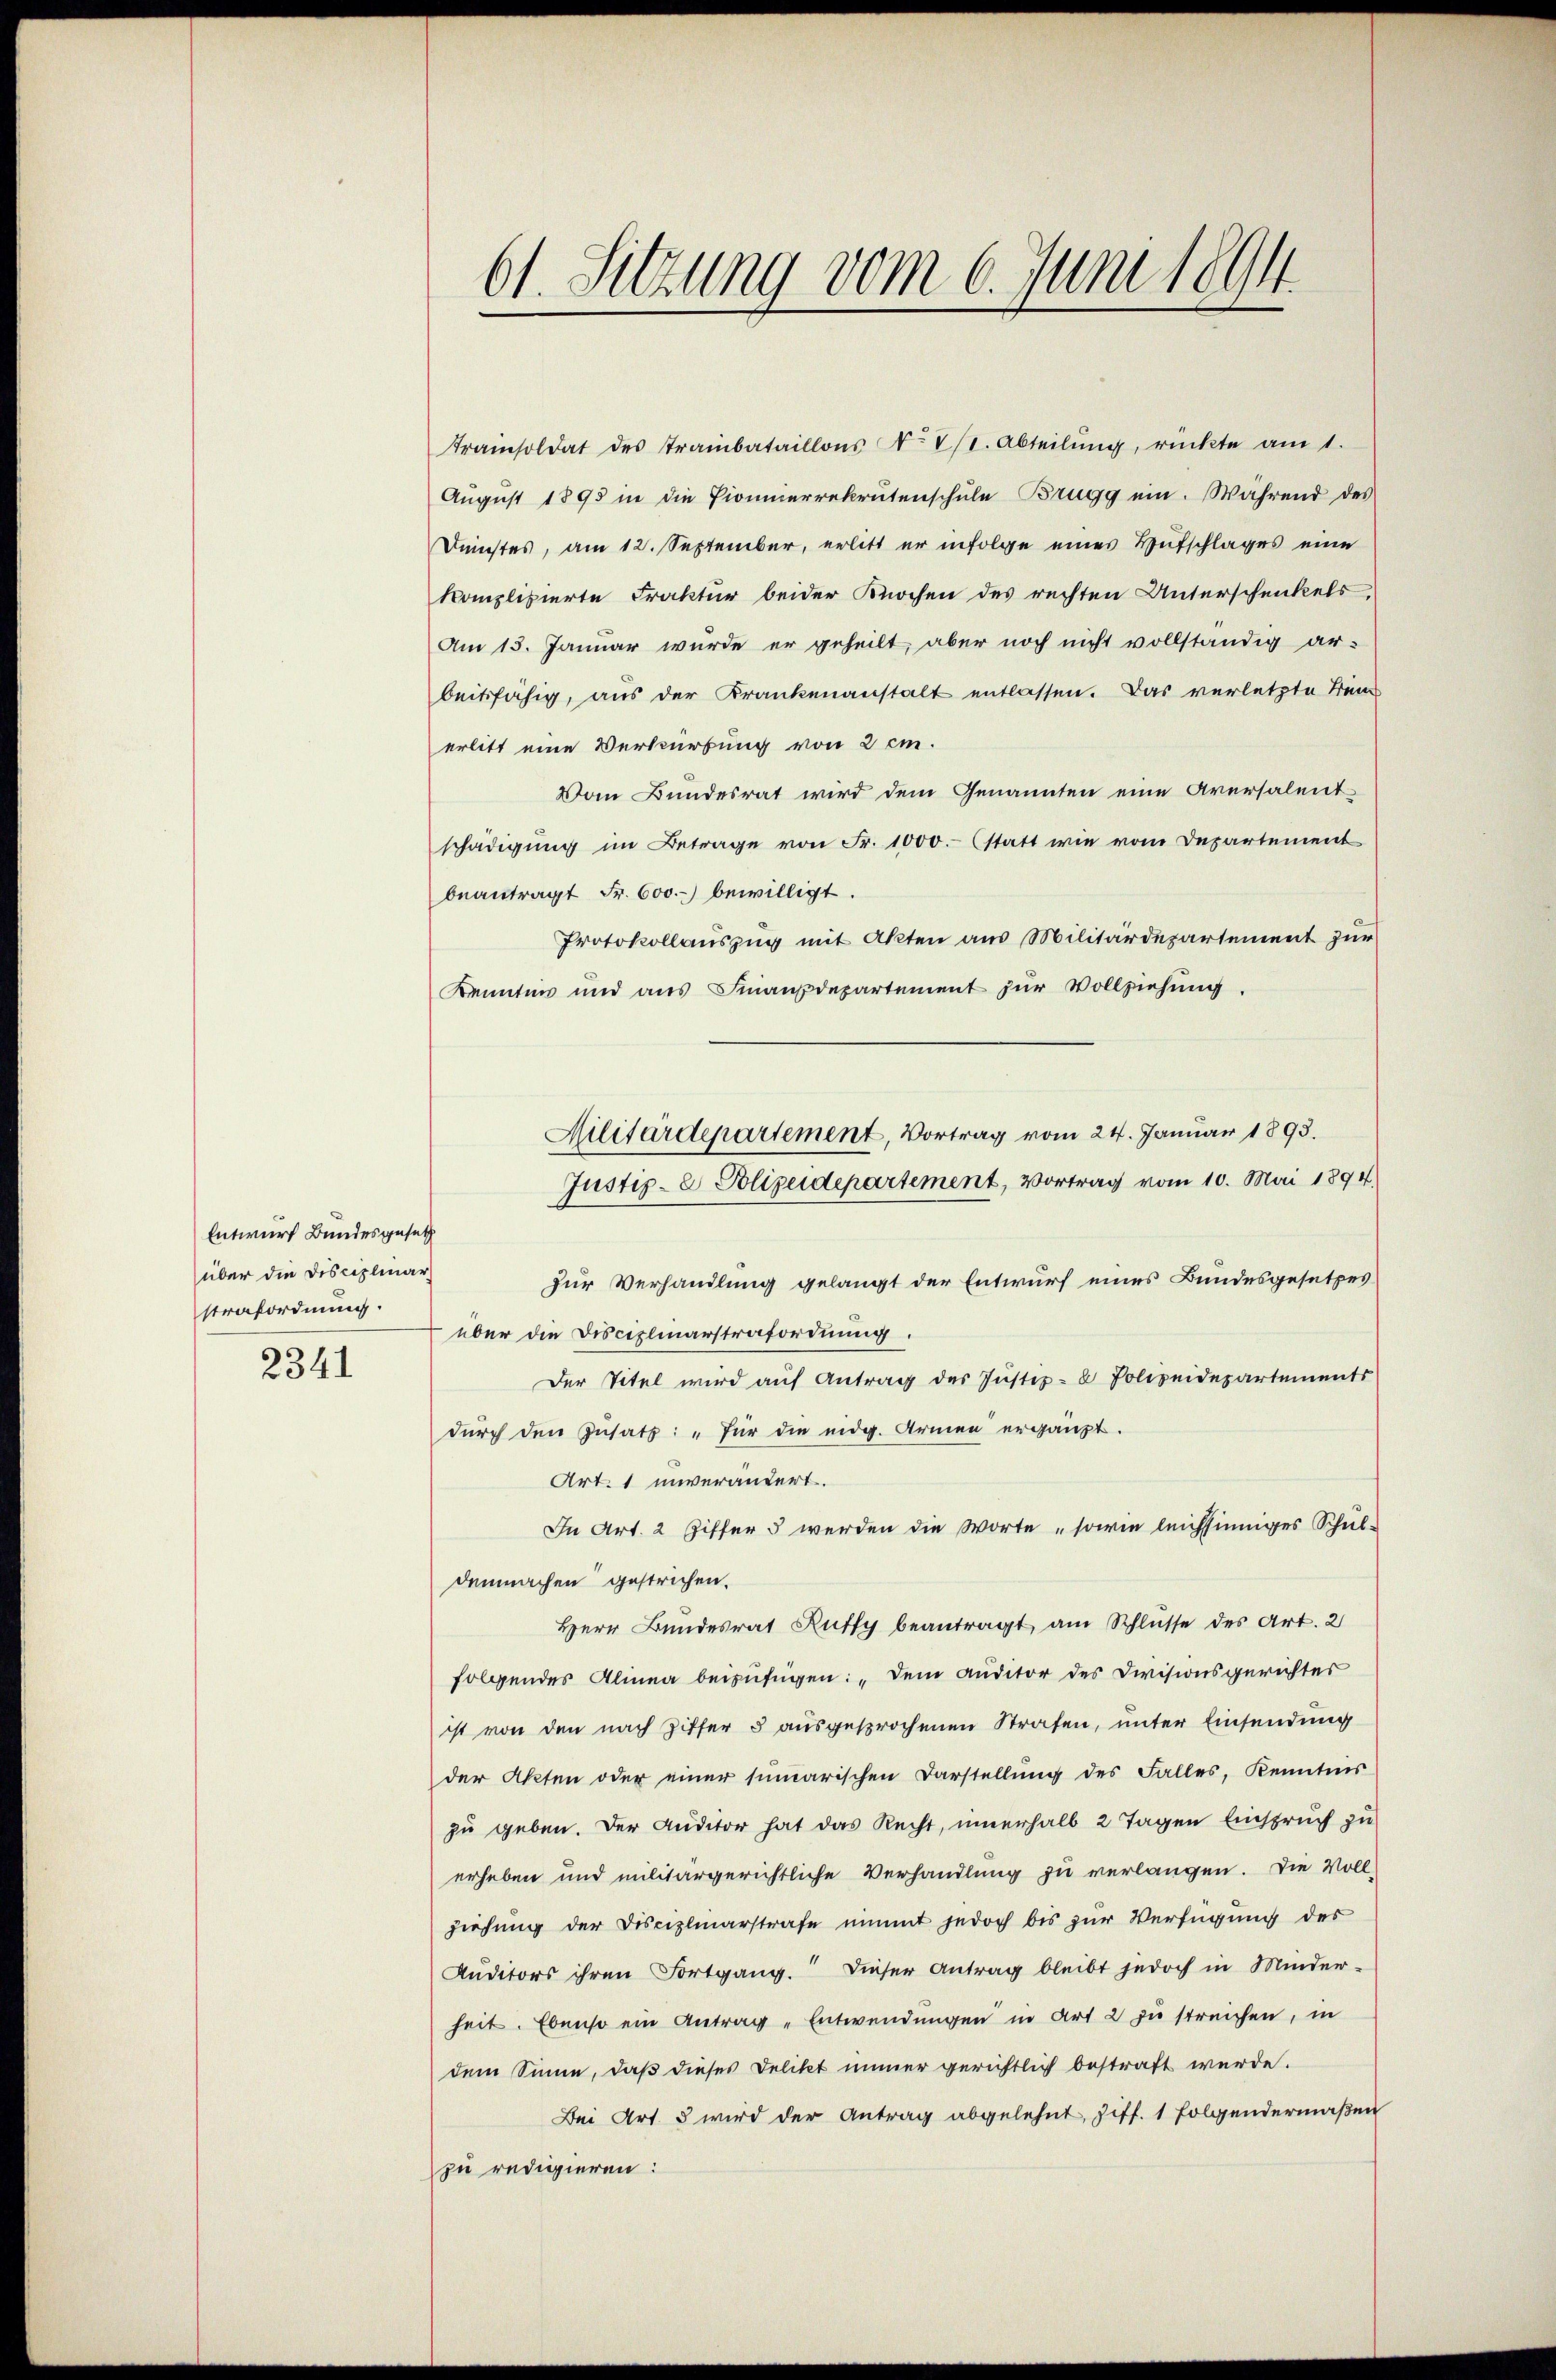
Entwurf Bundesgesetz
über die Disciplinar
strafordnung.
2341

61. Sitzung vom 6. Juni 1894.

Kraisoldat des Trambataillons No V/1. Abteilŭng, rückte am 1.
August 1895 in die Pionierrekrutenschule Brugg ein. Während des
Dunstes, am 12. September, erlitt er infolge eines Hufschlages eine
komplisierte Praktur beider Knochen des rechten Unterschenkels
Am 15. Januar wurde er geheilt, aber noch nicht vollständig ar-
beitsfähig, aus der Krankenanstalt entlassen. Das verletzte Beme
erlitt eine Verkürbung von 2 cm.
Vom Bundesrat wird dem Genannten eine Aversalent
schädigung im Betrage von Fr. 1000.- (statt wie vom Departement
beantragt Fr. 600.) bewilligt.
Protokollauszug mit Akten aus Militärdepartement zur
Kenntnis und aus Finanzdepartement zur Vollziehung.
Militärdepartement, Vortrag vom 24. Januar 1893.
Justiz- & Polizeidepartement, Vortrag vom 10. Mai 1894
zur Verhandlung gelangt der Entwurf eines Bundesgesetzes
über die Disciplinarstrafordnung.
Der Titel wird auf Antrag des Justiz- & Polizeidepartements
durch den Insatz: „für die eidg. Armen ergänzt.
Art. 1 unverändert.
In Art. 2 Ziffers werden die Worte „sowie leichsinniges Schul-
demnachen gestrichen.
Herr Bundesrat Rutty beantragt, am Schlüsse des Art. 2
folgendes Alinea beizufügen: „Dem Auditor des Divisionsgerichtes
ist von den nach Ziffer 3 ausgesprochenen Strafen, unter Einsendung
der Akten oder einer summarischen Darstellung des Falles, Kenntnis
zu geben. Der Auditor hat das Recht, innerhalb 2 Tagen Einspruch zu
erheben und militärgerichtliche Verhandlung zu verlangen. Die Vollziehung der Disciplinarstrafe nimmt jedoch bis zur Verfügung des
Ruditors ihren Fortgang. Dieser Antrag bleibt jedoch in Minder-
heit. Ebenso ein Antrag „Entwendungen in Art. 2 zu streichen, in
dem Sinne, daß dieses Delikt immer gerichtlich bestraft werde.
Bei Art. 3 wird der Antrag abgelehnt, Ziff. 1 folgendermaßen
zu redigieren: